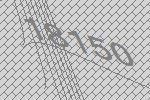
18150